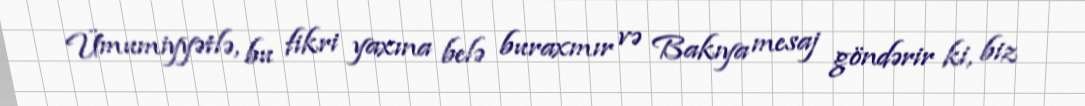
Ümumiyyətlə, bu fikri yaxına belə buraxmır və Bakıya mesaj göndərir ki, biz